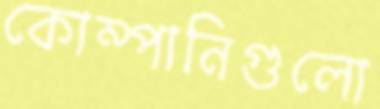
কোম্পানিগুলো